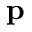
\mathbf { p }